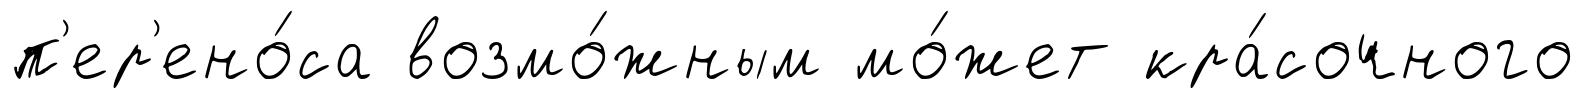
п'ер'ено́са возмо́жным мо́жет кра́сочного